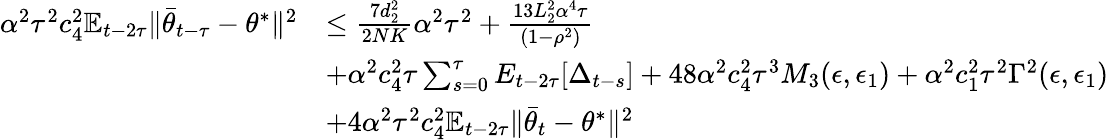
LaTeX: \begin{array}{rl}{\alpha^{2}\tau^{2}c_{4}^{2}\mathbb{E}_{t-2\tau}\lVert\bar{\theta}_{t-\tau}-\theta^{*}\rVert^{2}}&{\le\frac{7d_{2}^{2}}{2NK}\alpha^{2}\tau^{2}+\frac{13L_{2}^{2}\alpha^{4}\tau}{(1-\rho^{2})}}\\ &{+\alpha^{2}c_{4}^{2}\tau\sum_{s=0}^{\tau}E_{t-2\tau}[\Delta_{t-s}]+48\alpha^{2}c_{4}^{2}\tau^{3}M_{3}(\epsilon,\epsilon_{1})+\alpha^{2}c_{1}^{2}\tau^{2}\Gamma^{2}(\epsilon,\epsilon_{1})}\\ &{+4\alpha^{2}\tau^{2}c_{4}^{2}\mathbb{E}_{t-2\tau}\lVert\bar{\theta}_{t}-\theta^{*}\rVert^{2}}\end{array}